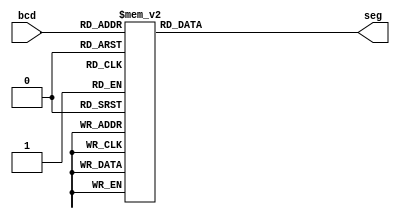
`timescale 1ns / 1ps
//////////////////////////////////////////////////////////////////////////////////
// Company: 
// Engineer: 
// 
// Design Name: 
// Module Name:    bcd_7seg 
// Project Name: 
// Target Devices: 
// Tool versions: 
// Description: 
//
// Dependencies: 
//
// Revision: 
// Revision 0.01 - File Created
// Additional Comments: 
//
//////////////////////////////////////////////////////////////////////////////////
module bcd_7seg(
    input [3:0] bcd,
    output [6:0] seg
    );
	 reg [6:0] seg1;
	 assign seg = seg1;
	 always @(bcd)
	 case (bcd)
		4'b0000:seg1<=7'b1000000;
		4'b0001:seg1<=7'b1111001;
		4'b0010:seg1<=7'b0100100;
		4'b0011:seg1<=7'b0110000;
		4'b0100:seg1<=7'b0011001;
		4'b0101:seg1<=7'b0010010;
		4'b0110:seg1<=7'b0000010;
		4'b0111:seg1<=7'b1111000;
		4'b1000:seg1<=7'b0000000;
		4'b1001:seg1<=7'b0010000;
		default:seg1<=7'b1111111;
endcase		


endmodule